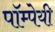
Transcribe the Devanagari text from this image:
पॉम्पेयी